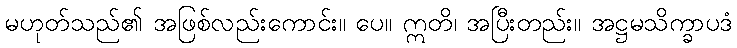
မဟုတ်သည်၏ အဖြစ်လည်းကောင်း။ ပေ။ ဣတိ၊ အပြီးတည်း။ အဋ္ဌမသိက္ခာပဒံ